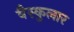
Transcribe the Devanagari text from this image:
वैस्कुलार